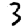
Digit: 3